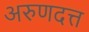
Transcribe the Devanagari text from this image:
अरुणदत्त